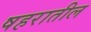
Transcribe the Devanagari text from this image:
षहरातील